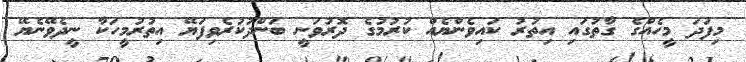
މިފަދަ މީހެއްގެ ގާތުގައި އިތުރު ކައިވެންޔެއް ކުރުމުގެ ދޮރުވަނީ ބަންދުކުރެވިފަޔޭ އިތުރުމީހަކާ ނީދެވޭނެޔޭ